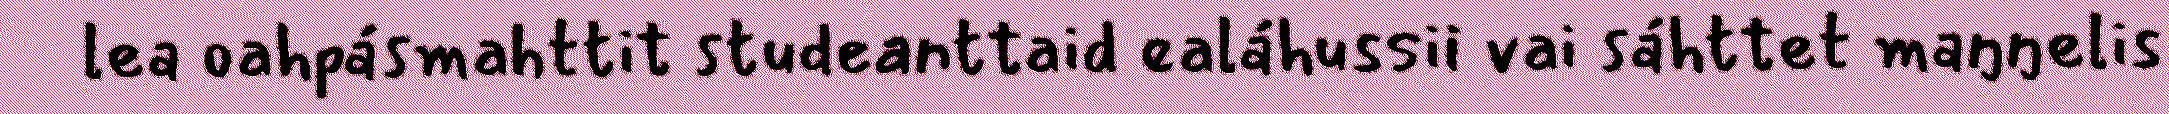
lea oahpásmahttit studeanttaid ealáhussii vai sáhttet maŋŋelis